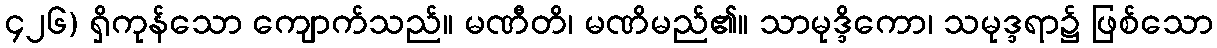
၄၂၆) ရှိကုန်သော ကျောက်သည်။ မဏီတိ၊ မဏိမည်၏။ သာမုဒ္ဒိကော၊ သမုဒ္ဒရာ၌ ဖြစ်သော